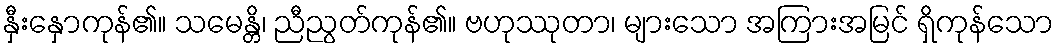
နှီးနှောကုန်၏။ သမေန္တိ၊ ညီညွတ်ကုန်၏။ ဗဟုဿုတာ၊ များသော အကြားအမြင် ရှိကုန်သော